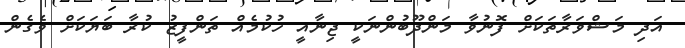
އަދި މަޝްވަރާތަކަށް ފޮނުވާ މަންދޫބުންނަކީ ޖިނާއީ ހުކުމެއް ތަންފީޒު ކުރާ ބަޔަކަށް ވެގެން